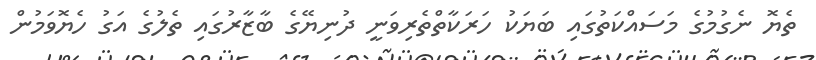
ތެޔޮ ނެގުމުގެ މަސައްކަތުގައި ބަޔަކު ހަރަކާތްތެރިވަނީ ދުނިޔޭގެ ބާޒާރުގައި ތެލުގެ އަގު ހެޔޮވަމުން